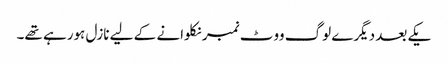
یکے بعد دیگرے لوگ ووٹ نمبر نکلوانے کے لیے نازل ہورہے تھے۔